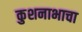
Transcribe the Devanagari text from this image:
कुशनाभाचा